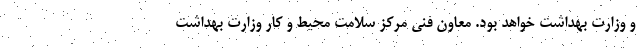
و وزارت بهداشت خواهد بود. معاون فنی مرکز سلامت محیط و کار وزارت بهداشت